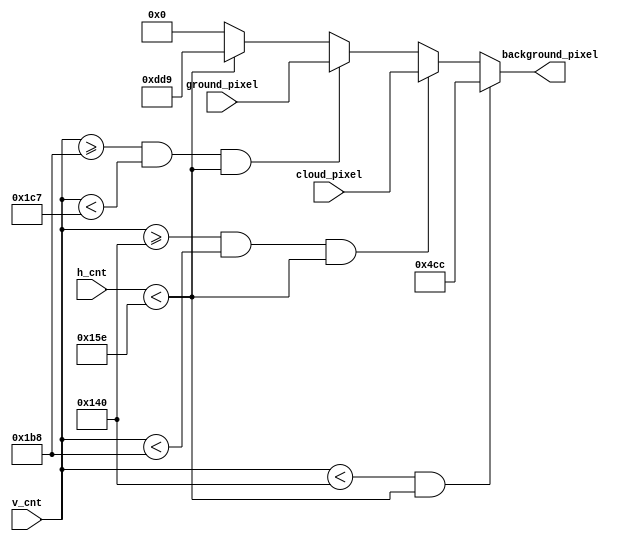
module pixel_gen_Background (
    input [9:0] h_cnt,
    input [9:0] v_cnt,
    input [11:0] ground_pixel,
    input [11:0] cloud_pixel,
    output reg [11:0] background_pixel
    ); 
    
    always @ (*) begin
        if(v_cnt < 320 && h_cnt < 350)
            background_pixel = 12'h4cc;
        else if(v_cnt >= 320 && v_cnt < 440 && h_cnt < 350)
            background_pixel = cloud_pixel;
        else if(v_cnt >= 440 && v_cnt < 455 && h_cnt < 350)
            background_pixel = ground_pixel;
        else if(h_cnt < 350)
            background_pixel = 12'hdd9;
        else
            background_pixel = 0;    
    end
    
endmodule